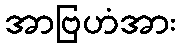
အာဗြဟံအား